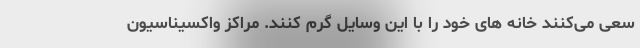
سعی می‌کنند خانه های خود را با این وسایل گرم کنند. مراکز واکسیناسیون